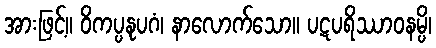
အားဖြင့်။ ဝိကပ္ပနုပဂံ၊ နာလောက်သော။ ပဋပရိဿာဝနမ္ပိ၊